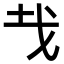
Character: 𢦏